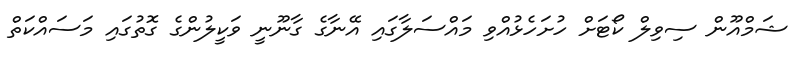
ޝަމްއޫން ސިވިލް ކޯޓަށް ހުށަހެޅުއްވި މައްސަލާގައި އޭނާގެ ގާނޫނީ ވަކީލުންގެ ގޮތުގައި މަސައްކަތް